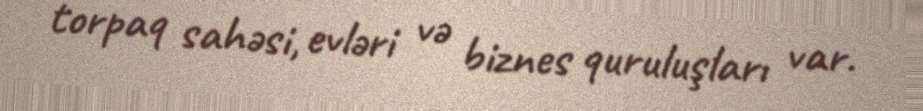
torpaq sahəsi, evləri və biznes quruluşları var.